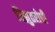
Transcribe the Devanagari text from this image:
विझुतरोधी